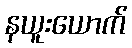
နယူးယောက်